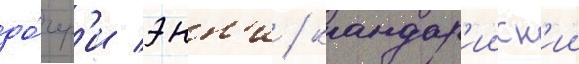
до́чер'и энн'и / кандар'ииск'ии